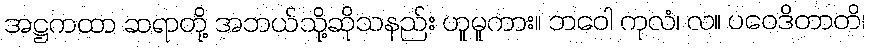
အဋ္ဌကထာ ဆရာတို့ အဘယ်သို့ဆိုသနည်း ဟူမူကား။ ဘဝေါ ကုလံ၊ လ။ ပဝေဒိတာတိ၊